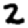
Digit: 2